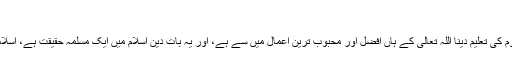
:
"الحمدللہ، کسی معاوضے اور اجرت کے بغیر قرآن کریم اور شرعی علوم کی تعلیم دینا اللہ تعالی کے ہاں افضل اور محبوب ترین اعمال میں سے ہے، اور یہ بات دین اسلام میں ایک مسلمہ حقیقت ہے، اسلامی خطے میں رہنے والے کسی بھی شخص سے یہ بات مخفی نہیں ہے۔